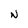
Character: N